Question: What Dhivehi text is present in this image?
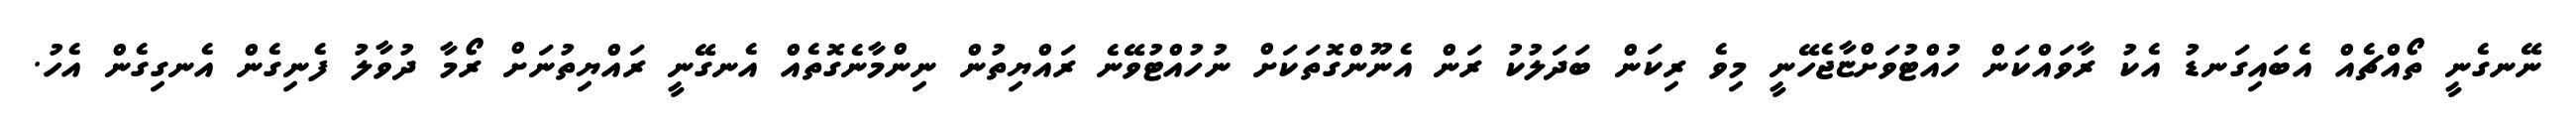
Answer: ނޭނގެނީ ތޯއްޗެއް އެބައިގަނޑު އެކު ރާވައްކަން ހުއްޓުވަށްޏާޖެހޭނީ މިވެ ރިކަން ބަދަލުކު ރަން އެނޫންގޮތަކަށް ނުހުއްޓުވޭނެ ރައްޔިތުން ނިންމާނެގޮތެއް އެނގޭނީ ރައްޔިތުނަށް ރޯމާ ދުވާލު ފެނިގެން އެނގިގެން އެހު.